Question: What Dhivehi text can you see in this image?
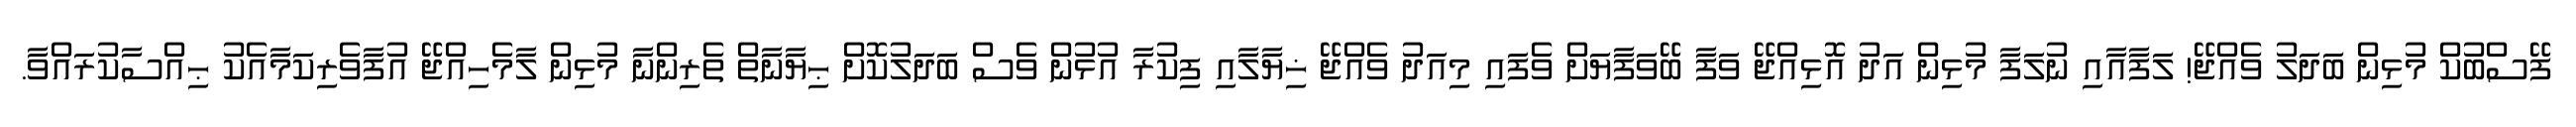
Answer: ފޭސްބުކް މުޅިން ބަދަލު ވެއްޖޭ! ލަފާއާއި ނުލަފާ މުޅިން އަދު އޮޅިއްޖޭ ވަފާ ބޭވަފާޔަށް ވެފައި މިއަދު ވެއްޖޭ ޚިޔާލާއި ފިކުރާ އުޅުން ވެސް ބަދަލުކޮށް ޙިޔާނާތް ތެރިންނާ މުޅިން ލާމެހިއްޖޭ އުފާވެރިކަމާއެކު ޙިއްސާކުރައްވާ.